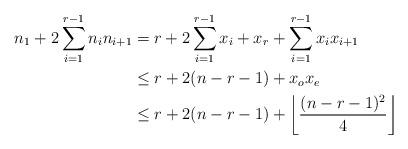
LaTeX: \begin{align*}n_1+2\sum_{i=1}^{r-1} n_i n_{i+1}&=r+2\sum_{i=1}^{r-1}x_i+x_{r}+\sum_{i=1}^{r-1}x_ix_{i+1}\\&\le r + 2(n-r-1)+x_ox_e\\&\le r + 2(n-r-1)+\left\lfloor \frac{(n-r-1)^2}4\right\rfloor\end{align*}